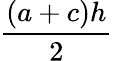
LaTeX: \frac{(a+c)h}{2}